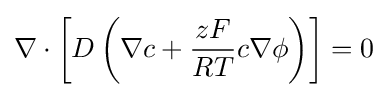
\nabla \cdot \left[D\left(\nabla c+{zF \over {RT}}c\nabla \phi \right)\right]=0